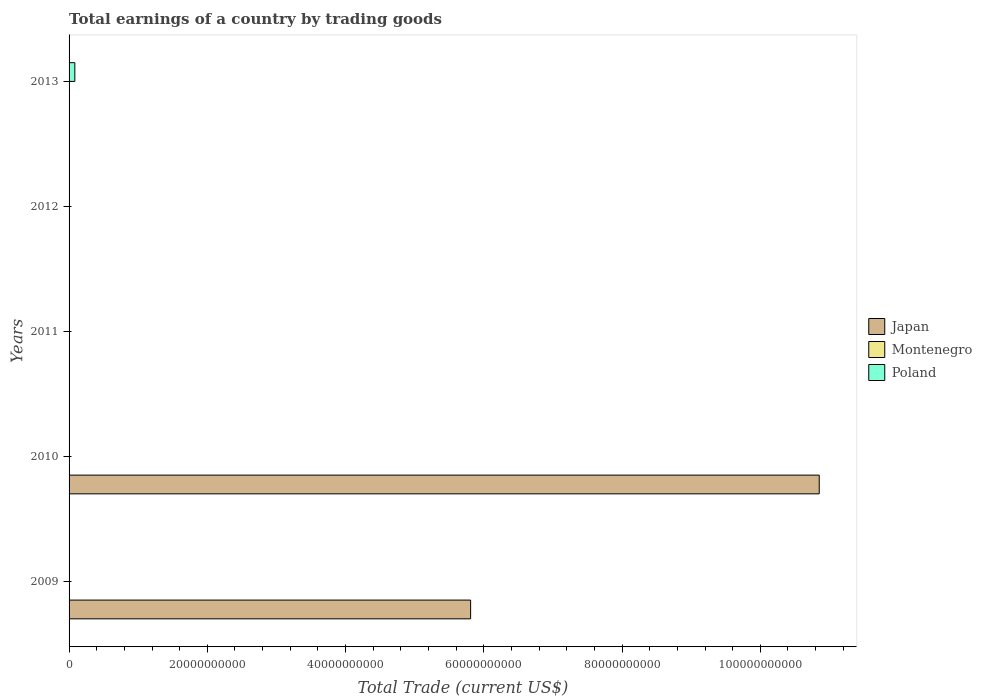
| Years | Japan | Montenegro | Poland |
 | --- | --- | --- | --- |
 | 2009 | 5.81e+10 | -1.86e+09 | -7.62e+09 |
 | 2010 | 1.09e+11 | -1.68e+09 | -1.38e+10 |
 | 2011 | -4.47e+09 | -1.82e+09 | -1.74e+10 |
 | 2012 | -5.35e+10 | -1.78e+09 | -9.23e+09 |
 | 2013 | -8.96e+10 | -1.76e+09 | 8.33e+08 |